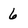
Character: 6